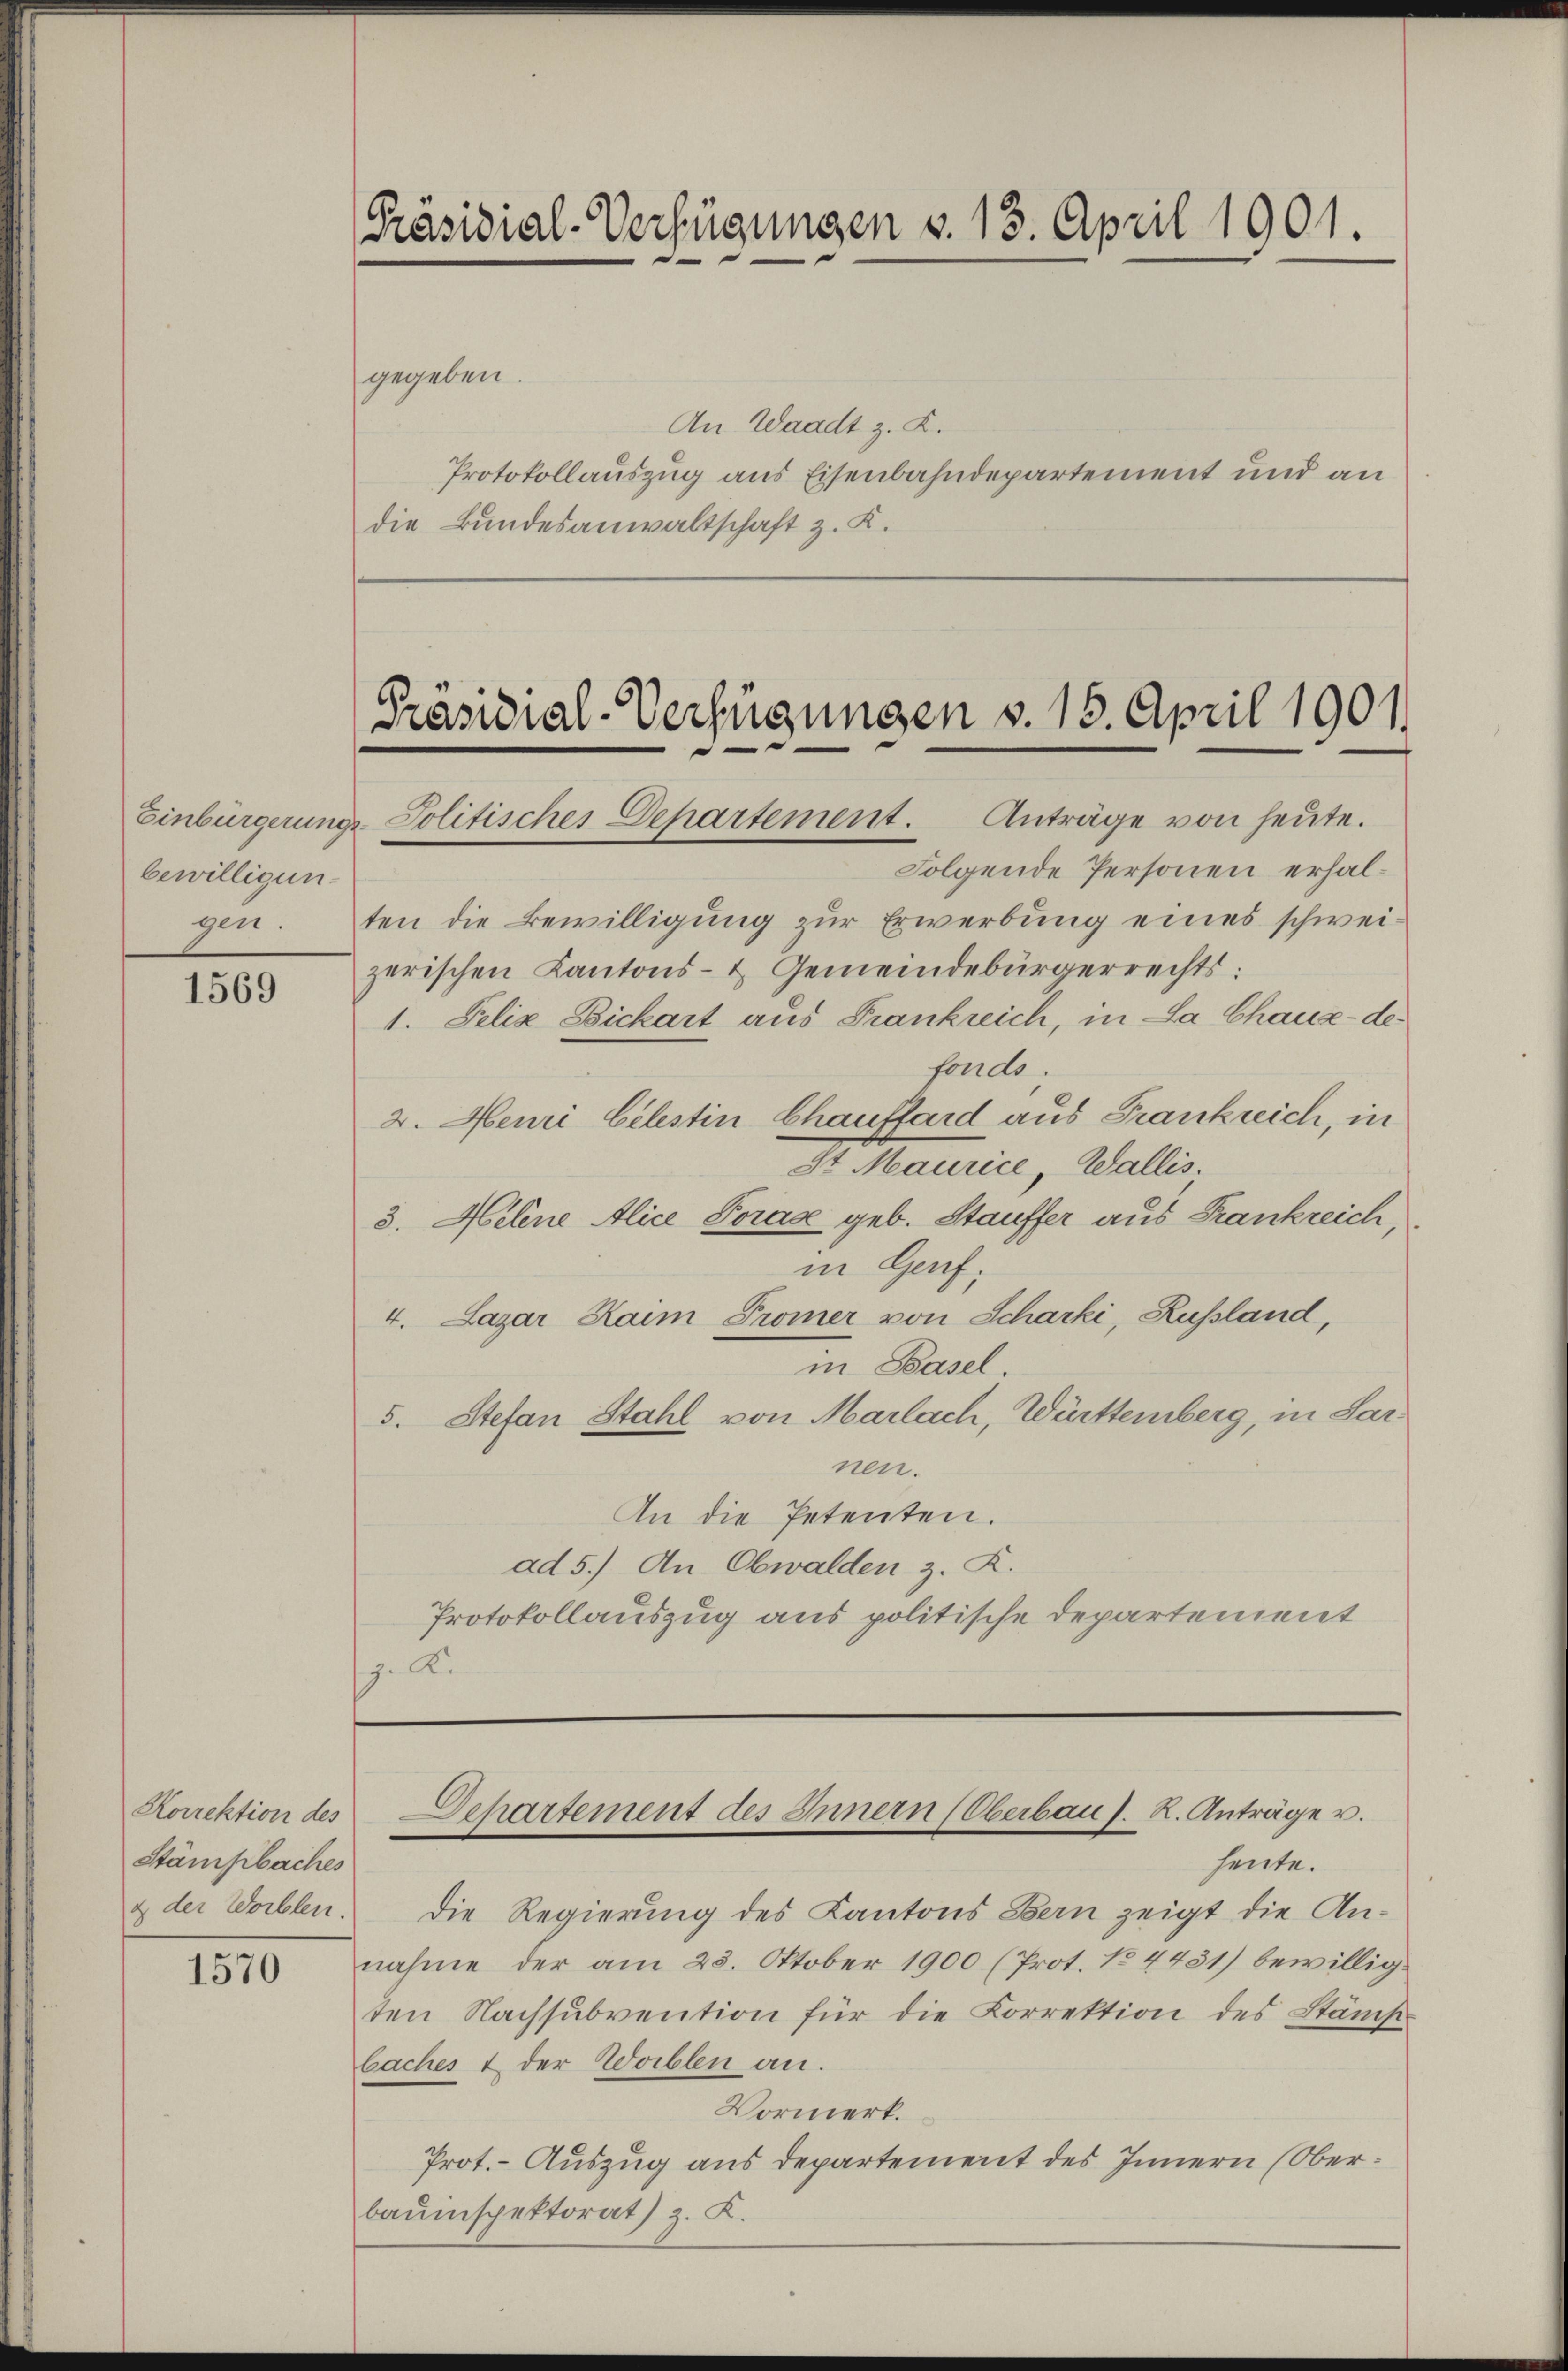
bewilligun
gen.

1569

Korrektion des
Stämpbaches

1570

Präsidial-Verfügungen v. 13. April 1901.
gegeben.

An Waadt z. K.
Protokollauszug aus Eisenbahndepartement und an
die Bundesanwaltschaft z. K.

[Präsidial-Verfügungen S. 15. April 1901.
Einbürgerungs Politisches Departement. Anträge von heŭte.

Folgende Personen erhalten die Bewilligung zur Erwerbung eines schweizerischen Kantons- & Gemeindebürgerrechts:
1. Felix Dickart aus Frankreich, in La Chaux-de-
fonds.
2. Heuri Celestin Chaufford aus Frankreich, in
St Maurice, Wallis.
3. Meline Alice Porade geb. Stauffer aus Frankreich,
in Genf;
4. Lazar Haim Promer von Scharki, Russland,
in Basel
5. Stefan Stahl von Marlach, Württemberg, in Sarnen.
An die Petenten.
ad 5.) An Obwalden z. K.
Protokollauszug aus politische Departement
. A.

Dehartement des Innern (Oberbau s. R. Anträge u.
—

heute.
& der Wollen. Die Regierung des Kantons Bern zeigt die An-
nahme der am 23. Oktober 1900 (Prot. No 4431) bewillig.
ten Nachsubvention für die Korrektion des Stämpbaches & der Worblen an.
Vormerk.
Prot. - Auszug aus Departement des Innern (Oberbauinspektorat) z. K.